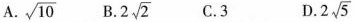
A. \sqrt{10} B. 2 \sqrt{2} C.3 D. 2 \sqrt{5}